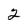
Character: 2